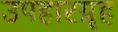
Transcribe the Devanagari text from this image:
उपहारग्रृह